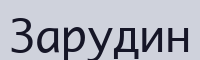
Зарудин